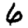
Digit: 6